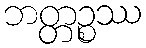
ဘတ္တဉ္စဿ